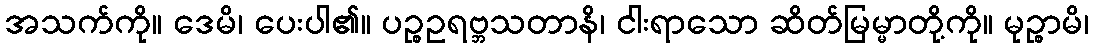
အသက်ကို။ ဒေမိ၊ ပေးပါ၏။ ပဉ္စဥရဗ္ဘသတာနိ၊ ငါးရာသော ဆိတ်မြမ္မာတို့ကို။ မုဉ္စာမိ၊